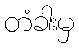
တံခါးမှ